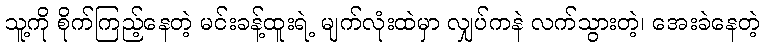
သူ့ကို စိုက်ကြည့်နေတဲ့ မင်းခန့်ထူးရဲ့ မျက်လုံးထဲမှာ လျှပ်ကနဲ လက်သွားတဲ့၊ အေးခဲနေတဲ့